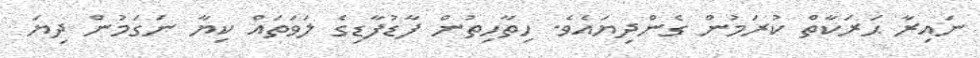
ނައިރާ ޙަރަކާތް ކުރަމުން ގެންދިޔައެވެ. ހިތާހިތުން ފާޑުފާޑިގެ ލަވަތައް ކިޔާ ނަގަމުން ދިޔަ